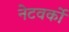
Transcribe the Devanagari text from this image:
नेटवर्को